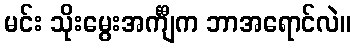
မင်း သိုးမွေးအင်္ကျီက ဘာအရောင်လဲ။